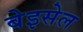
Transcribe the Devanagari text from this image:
बेइसेल